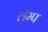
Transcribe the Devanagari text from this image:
लेम्प